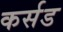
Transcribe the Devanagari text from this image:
कर्सड